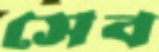
সেব